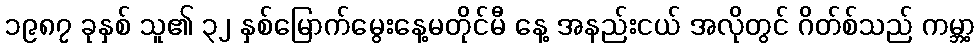
၁၉၈၇ ခုနှစ် သူ၏ ၃၂ နှစ်မြောက်မွေးနေ့မတိုင်မီ နေ့ အနည်းငယ် အလိုတွင် ဂိတ်စ်သည် ကမ္ဘာ့